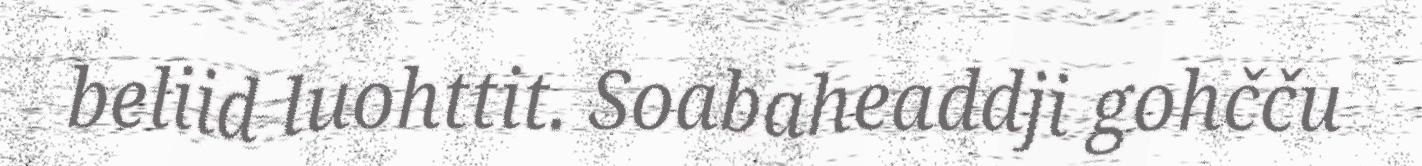
beliid luohttit. Soabaheaddji gohčču